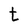
Character: t